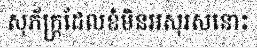
សុភ័ក្ត្រដែលខំមិនអសុរសនោះ